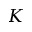
K